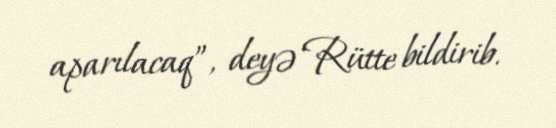
aparılacaq”, deyə Rütte bildirib.